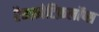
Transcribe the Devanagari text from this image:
रैमफ़ोटिफ़लॉप्स